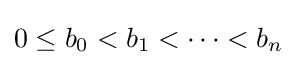
0\leq b_{0}<b_{1}<\cdots <b_{n}